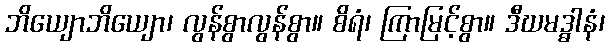
ဘိယျောဘိယျော၊ လွန်စွာလွန်စွာ။ စိရံ၊ ကြာမြင့်စွာ။ ဒီဃမဒ္ဓါနံ၊